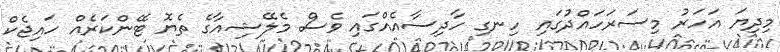
މިދިޔަ އަހަރު މިސަރަހައްދުގައި ހިނގި ހާދިސާއެއްގައި ވެސް މެލޭޝިއާގެ ތެޔޮ ޓޭންކަރެއް ހައިޖެކް